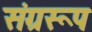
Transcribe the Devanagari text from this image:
संग्ररूप